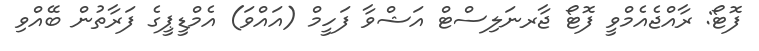
ފޮޓޯ: ރާއްޖެއެމްވީ ފޮޓޯ ޖާރނަލިސްޓް އަޝްވާ ފަހީމް (އައްވަ) އެމްޑީޕީގެ ފަރާތުން ބޭއްވި